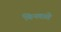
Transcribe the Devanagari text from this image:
चिनवाते